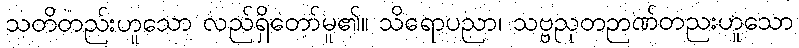
သတိတည်းဟူသော လည်ရှိတော်မူ၏။ သိရောပညာ၊ သဗ္ဗညုတဉာဏ်တညးဟူသော